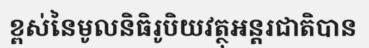
ខ្ពស់នៃមូលនិធិរូបិយវត្ថុអន្តរជាតិបាន